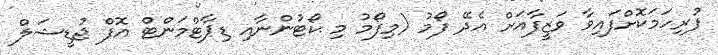
ފުރިހަމަކޮށްފައިވާ ވަޒީފާއަށް އެދޭ ފޯމު (މިފޯމު މި ކޯޓުންނާއި ޑިޕާޓްމަންޓް އޮފް ޖުޑީޝަލް